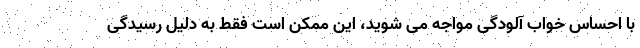
با احساس خواب آلودگی مواجه می شوید، این ممکن است فقط به دلیل رسیدگی